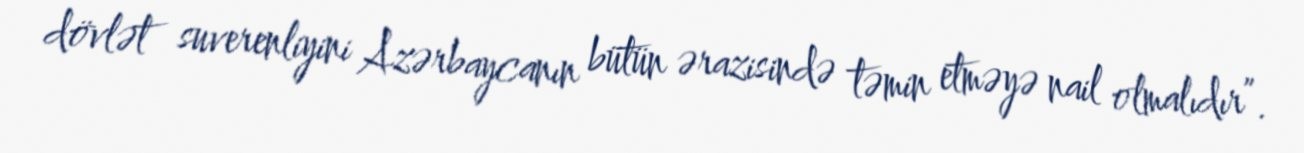
dövlət suverenliyini Azərbaycanın bütün ərazisində təmin etməyə nail olmalıdır”.